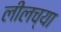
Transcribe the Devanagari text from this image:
लीलच्या